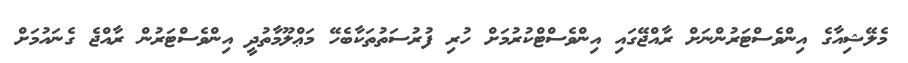
މެލޭޝިއާގެ އިންވެސްޓަރުންނަށް ރާއްޖޭގައި އިންވެސްޓްކުރުމަށް ހުރި ފުރުސަތުތަކާބެހޭ މަޢްލޫމާތުދީ އިންވެސްޓަރުން ރާއްޖެ ގެނައުމަށް